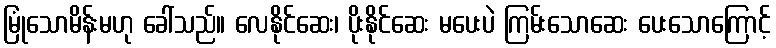
မြုံသောမိန်းမဟု ခေါ်သည်။ လေနိုင်ဆေး၊ ပိုးနိုင်ဆေး မပေးပဲ ကြမ်းသောဆေး ပေးသောကြောင့်